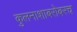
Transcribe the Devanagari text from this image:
कुलनाशाबरोबरच